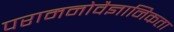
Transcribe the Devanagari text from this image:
परामनोवैज्ञानिकता